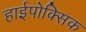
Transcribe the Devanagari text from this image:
हाईपोक्सिक